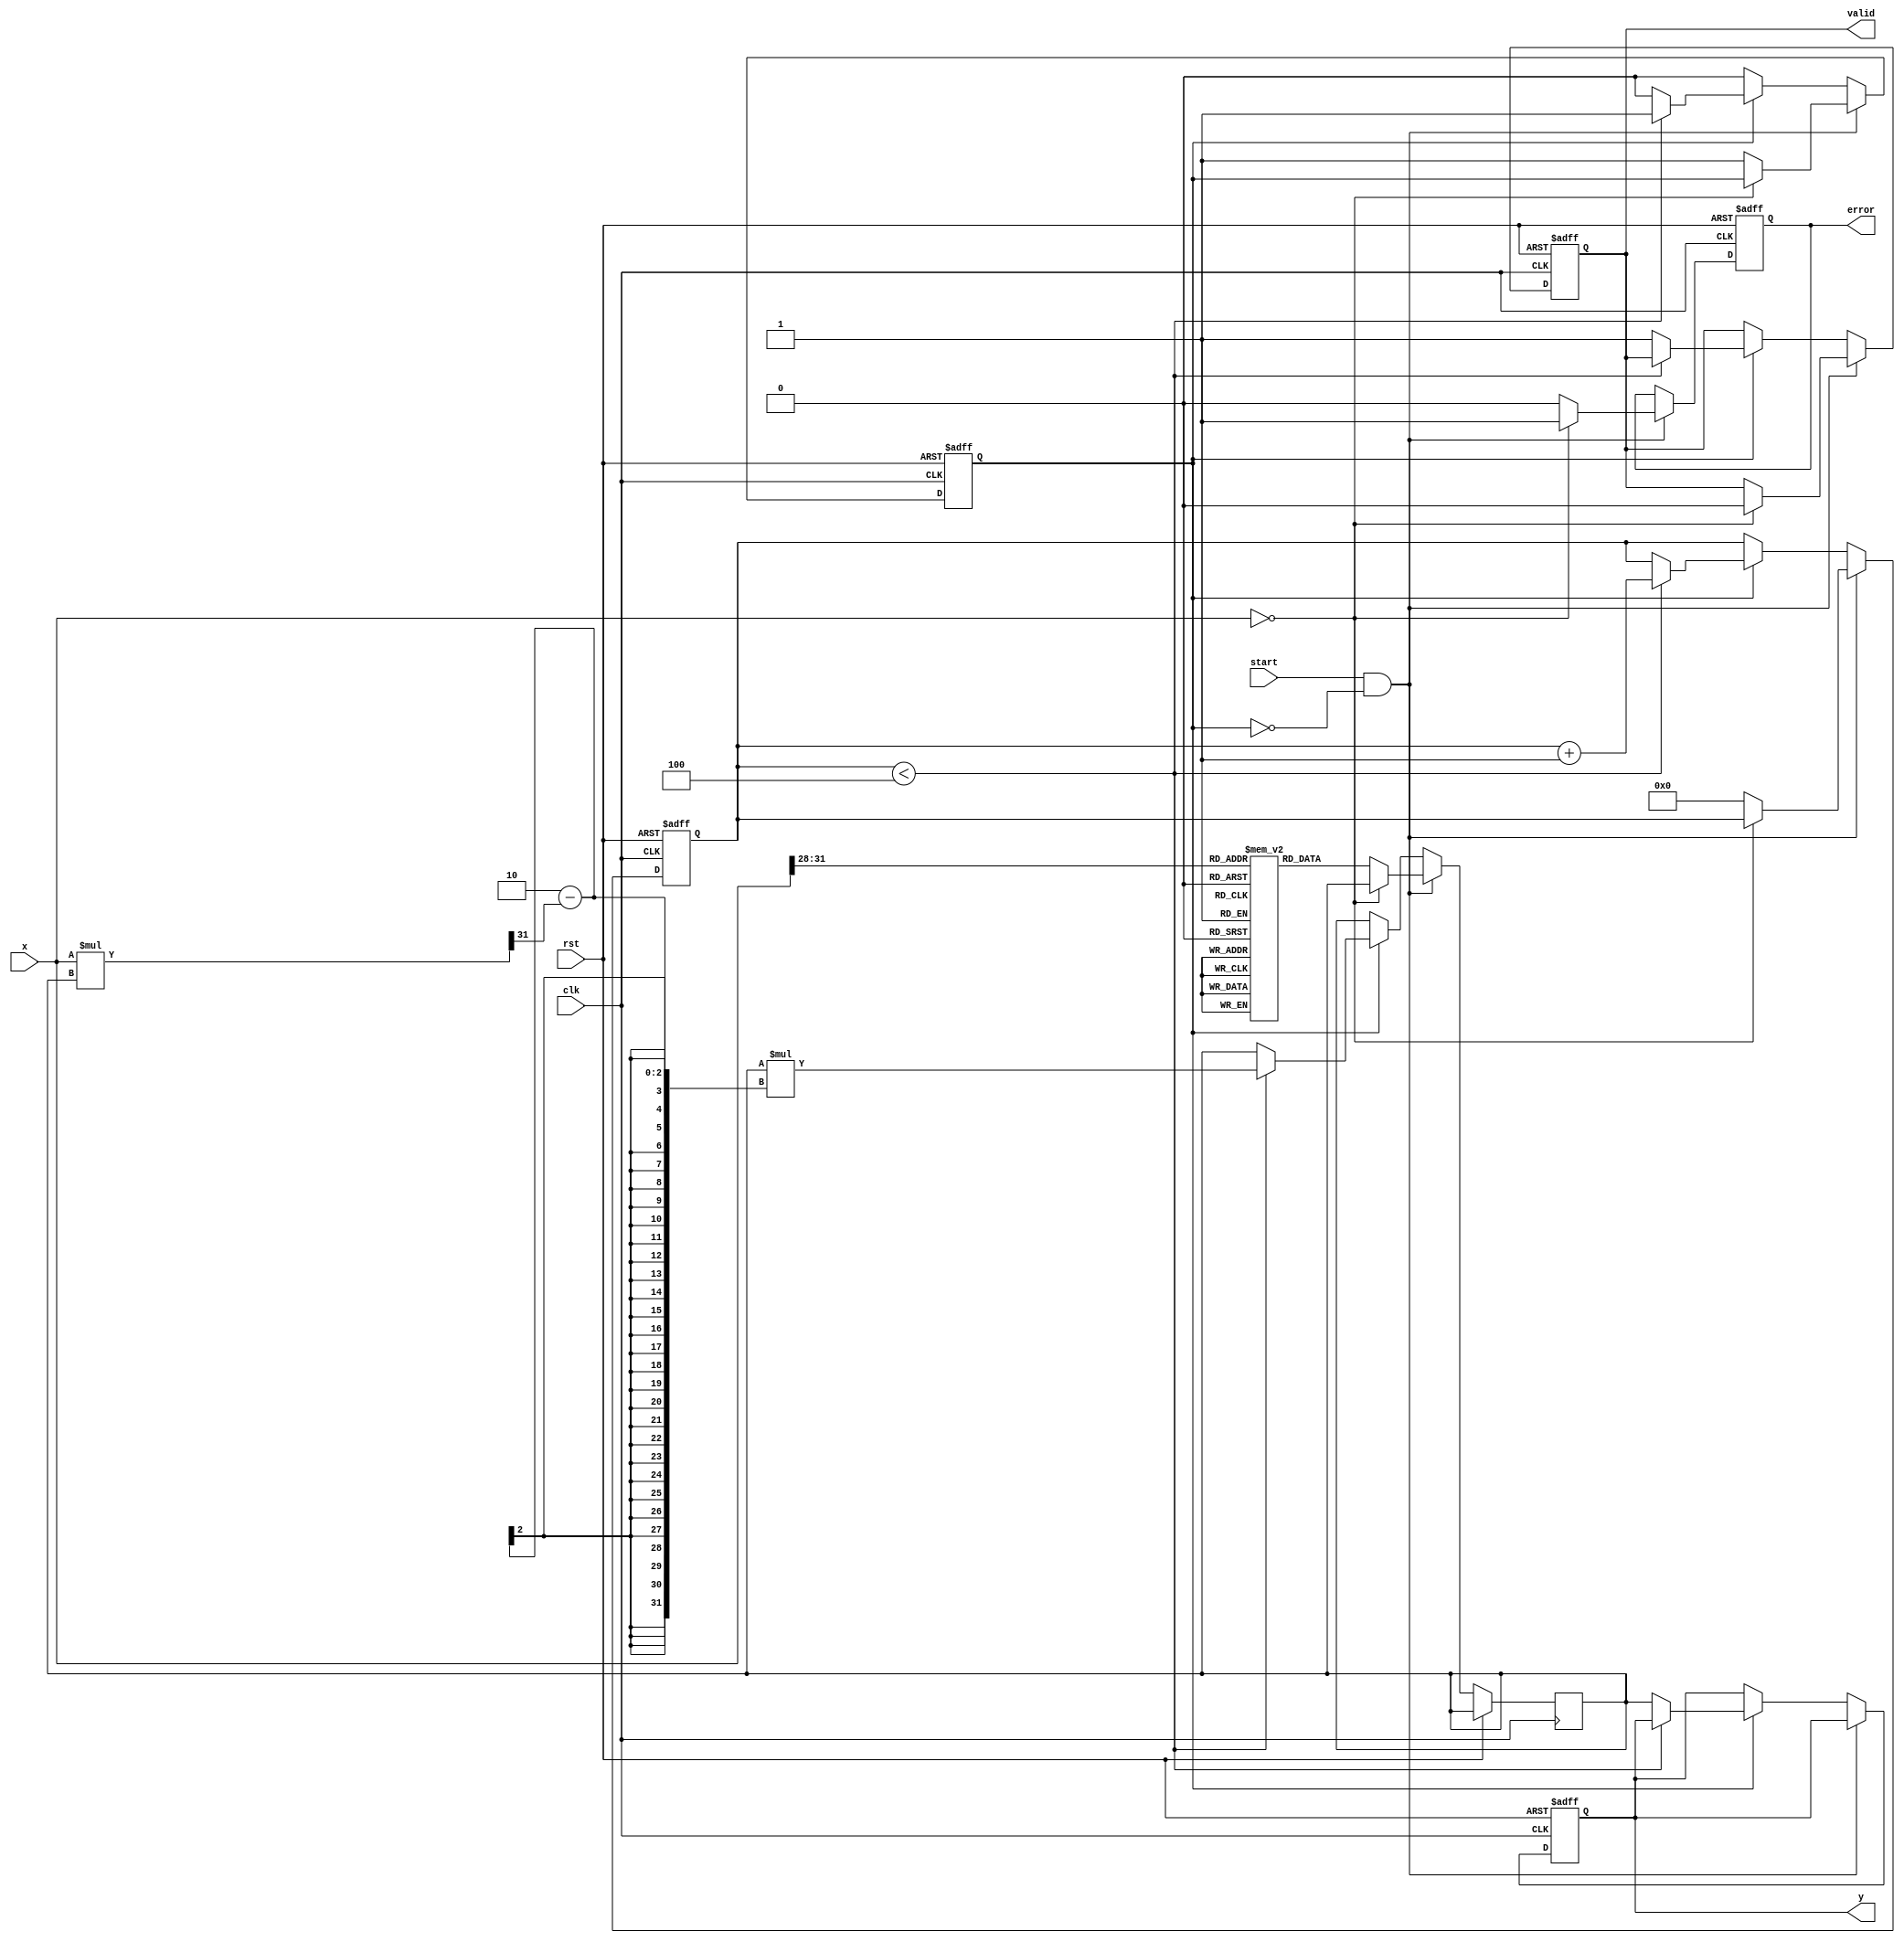
module ReciprocalUnit #(
    parameter N = 32,              // Width of input and output
    parameter ITERATIONS = 4       // Number of Newton-Raphson iterations
)(
    input wire clk,
    input wire rst,
    input wire start,
    input wire [N-1:0] x,          // Input data
    output reg [N-1:0] y,          // Reciprocal result
    output reg valid,               // Valid signal
    output reg error                // Error signal
);

    reg [N-1:0] initial_guess;
    reg [N-1:0] current_value;
    reg [N-1:0] next_value;
    reg [3:0] iteration_count;      // Counter for iterations
    reg computing;                  // Flag to indicate computation in progress

    // Lookup table for initial guesses (example values)
    reg [N-1:0] lut [0:15];         // Simple LUT for demonstration
    initial begin
        lut[0] = 32'hFFFFFFFF; // 1.0
        lut[1] = 32'h7FFFFFFF; // 0.5
        lut[2] = 32'h3FFFFFFF; // 0.3333
        lut[3] = 32'h2AAAAAAA; // 0.25
        lut[4] = 32'h1FFFFFFF; // 0.2
        lut[5] = 32'h1C71C71C; // 0.1666
        lut[6] = 32'h1B1B1B1B; // 0.1428
        lut[7] = 32'h1FFFFFFFF; // 0.125
        lut[8] = 32'h0;         // 0.0
        lut[9] = 32'h0;         // 0.0
        lut[10] = 32'h0;        // 0.0
        lut[11] = 32'h0;        // 0.0
        lut[12] = 32'h0;        // 0.0
        lut[13] = 32'h0;        // 0.0
        lut[14] = 32'h0;        // 0.0
        lut[15] = 32'h0;        // 0.0
    end

    // State machine for computation
    always @(posedge clk or posedge rst) begin
        if (rst) begin
            y <= 0;
            valid <= 0;
            error <= 0;
            iteration_count <= 0;
            computing <= 0;
        end else begin
            if (start && !computing) begin
                if (x == 0) begin
                    error <= 1; // Division by zero
                    valid <= 0;
                end else begin
                    error <= 0;
                    computing <= 1;
                    iteration_count <= 0;
                    // Initial guess based on LUT
                    initial_guess = lut[x[N-1:0] >> (N-4)]; // Example LUT indexing
                    current_value = initial_guess;
                end
            end else if (computing) begin
                if (iteration_count < ITERATIONS) begin
                    // Newton-Raphson iteration: x_n+1 = x_n * (2 - x * x_n)
                    next_value = current_value * (2 - (x * current_value >> (N-1))); // Adjust for fixed-point
                    current_value <= next_value;
                    iteration_count <= iteration_count + 1;
                end else begin
                    y <= current_value; // Final result
                    valid <= 1;         // Result is valid
                    computing <= 0;     // End computation
                end
            end
        end
    end

endmodule